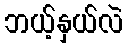
ဘယ့်နှယ်လဲ